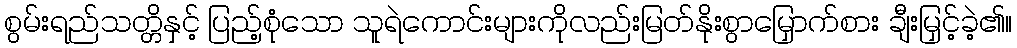
စွမ်းရည်သတ္တိနှင့် ပြည့်စုံသော သူရဲကောင်းများကိုလည်းမြတ်နိုးစွာမြှောက်စား ချီးမြှင့်ခဲ့၏။